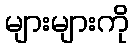
များများကို